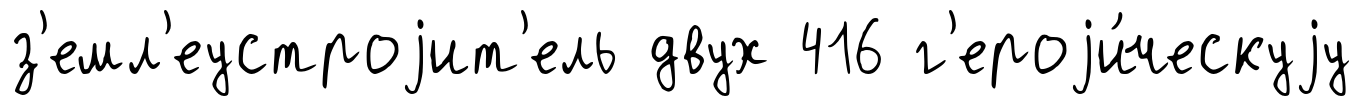
з'емл'еустроjит'ель двух 416 г'ероjи́ческуjу